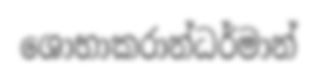
ශොභාකරාන්ධර්මාන්